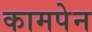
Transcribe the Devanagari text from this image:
कामपेन